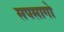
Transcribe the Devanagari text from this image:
सपसागो